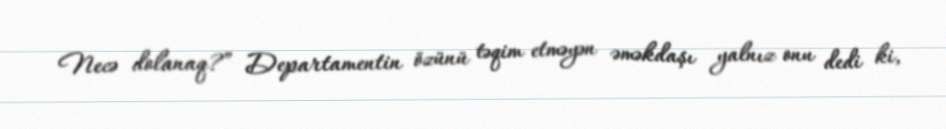
Necə dolanaq?” Departamentin özünü təqim etməyən əməkdaşı yalnız onu dedi ki,